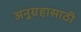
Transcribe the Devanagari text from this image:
अनुग्रहासाठी